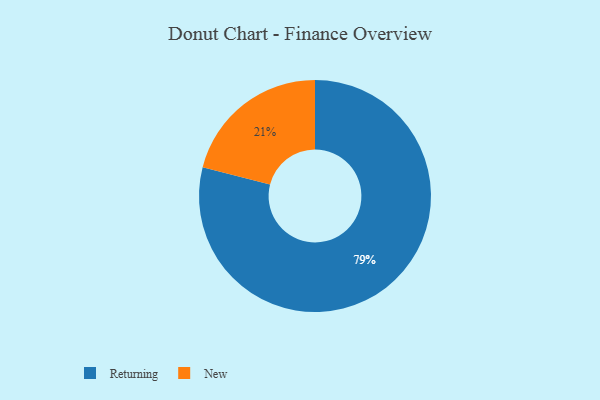
{"axis": {"x": "Category", "y": "Percentage"}, "legend": ["New", "Returning"], "data": [{"x": "New", "y": 21, "type": "New"}, {"x": "Returning", "y": 79, "type": "Returning"}]}